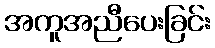
အကူအညီပေးခြင်း